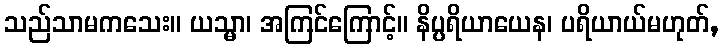
သည်သာမကသေး။ ယသ္မာ၊ အကြင်ကြောင့်။ နိပ္ပရိယာယေန၊ ပရိယာယ်မဟုတ်,